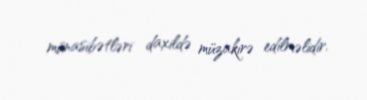
münasibətləri daxildə müzakirə edilməlidir.